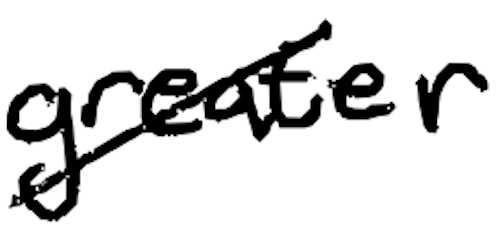
Text: greater
Cross-out: diagonal
Writing tool: digital_black